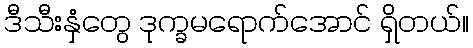
ဒီသီးနှံတွေ ဒုက္ခမရောက်အောင် ရှိတယ်။